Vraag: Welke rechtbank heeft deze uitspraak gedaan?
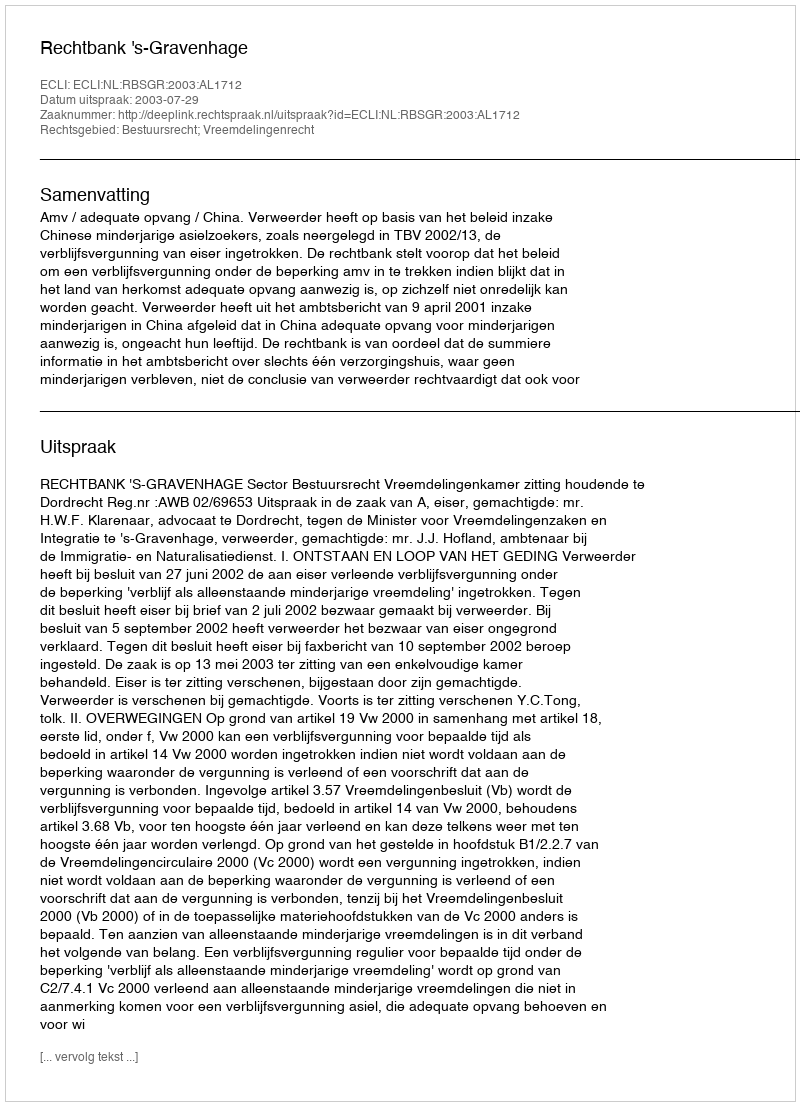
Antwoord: Rechtbank 's-Gravenhage